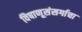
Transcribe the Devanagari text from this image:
विषाणूसंसर्गाचा